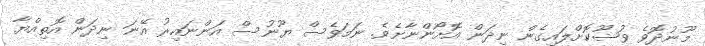
މޫނުދޮވެ ވުޟޫކޮށްލައިގެން ނިދަން އޮށޯންނާށެވެ. ނަމަވެސް ޔޫނުސް އަންނައިރު އޭނަ ނިދަން އޮތިއްޔާ